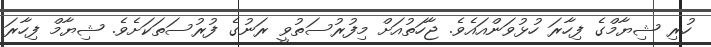
ހުރި ޝިޔާމްގެ ފިހާރަ ހުޅުވަންއައެވެ. ޖާހަތުއަށް މިފުރުސަތުވީ ރަނުގެ ފުރުސަތަކަށެވެ. ޝިޔާމް ފިހާރަ